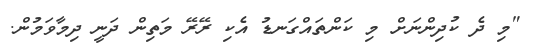
"މި ދެ ކުދިންނަށް މި ކަންތައްގަނޑު އެކި ރޭރޭ މަތިން ދަނީ ދިމާވަމުން.